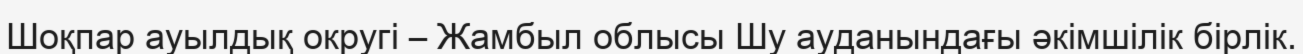
Шоқпар ауылдық округі – Жамбыл облысы Шу ауданындағы әкімшілік бірлік.